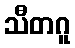
သီတဂူ